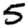
Digit: 5